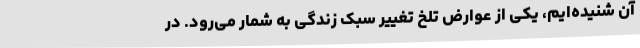
آن شنیده‌ایم، یکی از عوارض تلخ تغییر سبک زندگی به شمار می‌رود. در